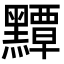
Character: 𪒤